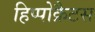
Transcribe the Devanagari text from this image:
हिप्पोक्रैटस